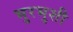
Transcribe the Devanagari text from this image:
भुरभुशी